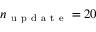
n _ { \mathrm { ~ u ~ p ~ d ~ a ~ t ~ e ~ } } = 2 0